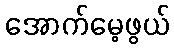
အောက်မေ့ဖွယ်